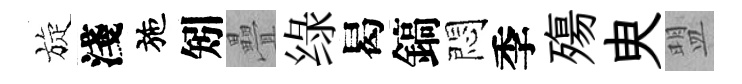
旋淺施矧疊绿曷鎬悶季殤㬰盟